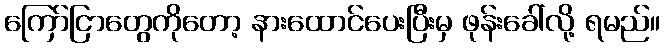
ကြော်ငြာတွေကိုတော့ နားထောင်ပေးပြီးမှ ဖုန်းခေါ်လို့ ရမည်။